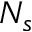
N _ { s }